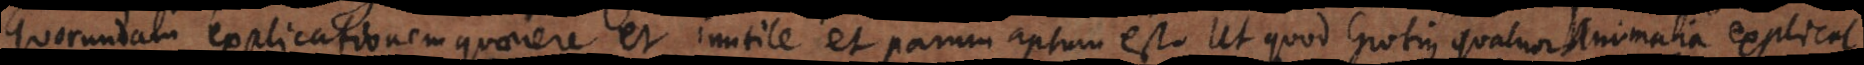
Quorundam explicationem quaerere et inutile et parum aptum est. Ut quod Grotius quatuor animalia explicat